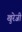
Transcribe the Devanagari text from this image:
खुरेजी